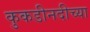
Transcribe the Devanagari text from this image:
कुकडीनदीच्या